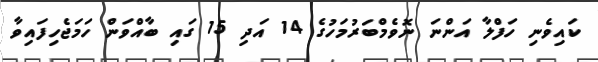
ކައިވެނި ހަފްލާ އަންނަ ނޮވެމްބަރުމަހުގެ 14 އަދި 15 ގައި ބާއްވަން ހަމަޖެހިފައިވާ